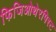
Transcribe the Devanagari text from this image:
फिजिओथेरपिस्ट